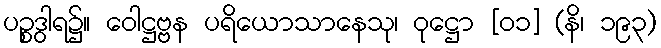
ပဉ္စဒွါရ၌။ ဝေါဋ္ဌဗ္ဗန ပရိယောသာနေသု၊ ဝုဋ္ဌော [၀၁] (နိ၊ ၁၉၃)